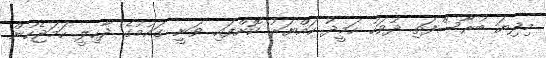
މިދިޔަ ބުރާސްފަތި ދުވަހު ހަމީދު ހައްޔަރު ކޮށްފައި ވަނީ ގައުމުގެ ދާހިލީ ހަމަޖެހުން